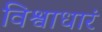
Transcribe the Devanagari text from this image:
विश्वाधारं